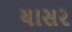
યાસર